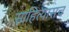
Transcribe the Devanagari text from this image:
साहित्यासच